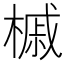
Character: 槭